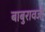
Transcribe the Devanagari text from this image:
बाबुरावजी